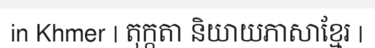
in Khmer | តុក្កតា និយាយភាសាខ្មែរ |